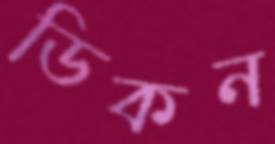
ডিকন